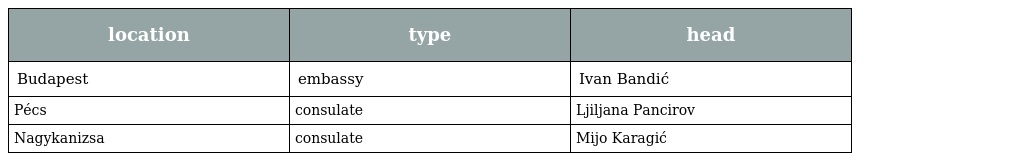
| location | type | head |
 | --- | --- | --- |
 | Budapest | embassy | Ivan Bandić |
 | Pécs | consulate | Ljiljana Pancirov |
 | Nagykanizsa | consulate | Mijo Karagić |